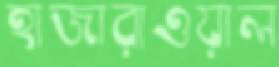
হাজারাওয়াল